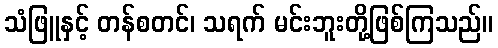
သံဖြူနှင့် တန်စတင်၊ သရက် မင်းဘူးတို့ဖြစ်ကြသည်။